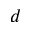
d